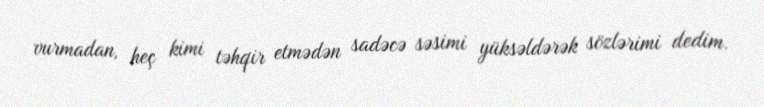
vurmadan, heç kimi təhqir etmədən sadəcə səsimi yüksəldərək sözlərimi dedim.